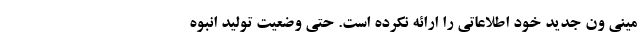
مینی ون جدید خود اطلاعاتی را ارائه نکرده است. حتی وضعیت تولید انبوه